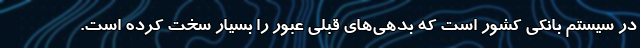
در سیستم بانکی کشور است که بدهی‌های قبلی عبور را بسیار سخت کرده است.